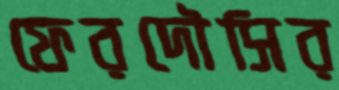
ফেরদৌসির